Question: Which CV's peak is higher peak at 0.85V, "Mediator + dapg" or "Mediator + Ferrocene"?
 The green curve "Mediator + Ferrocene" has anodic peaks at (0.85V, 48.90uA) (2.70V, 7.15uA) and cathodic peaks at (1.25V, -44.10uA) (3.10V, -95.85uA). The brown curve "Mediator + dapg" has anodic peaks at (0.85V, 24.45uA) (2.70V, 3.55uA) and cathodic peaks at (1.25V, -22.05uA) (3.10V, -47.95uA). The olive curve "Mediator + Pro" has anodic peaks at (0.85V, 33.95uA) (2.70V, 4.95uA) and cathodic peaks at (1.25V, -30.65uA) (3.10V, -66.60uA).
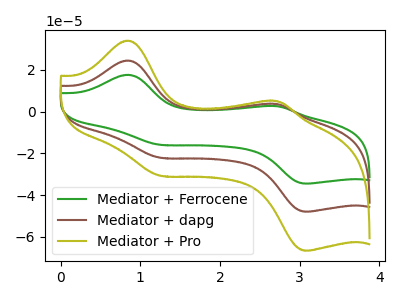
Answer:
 <answer>The peak at 0.85V is lower in "Mediator + dapg" than in "Mediator + Ferrocene".</answer>
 <eval>lower</eval>